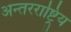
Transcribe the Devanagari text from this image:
अन्तरराष्ट्रिय